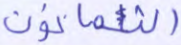
الثمانون